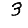
Digit: 3